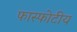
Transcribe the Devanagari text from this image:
फास्फोटीय